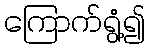
ကြောက်ရွံ့၍